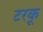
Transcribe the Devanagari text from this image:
टरकू